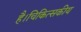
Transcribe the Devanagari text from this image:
है।चिकित्सकीय